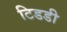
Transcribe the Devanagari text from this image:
टिडडी